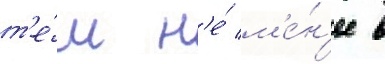
т'е́м н'е́ м'е́н'ее в